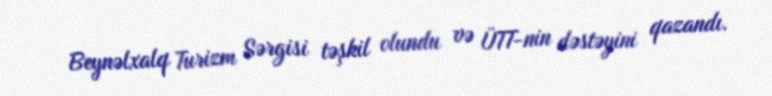
Beynəlxalq Turizm Sərgisi təşkil olundu və ÜTT-nin dəstəyini qazandı.